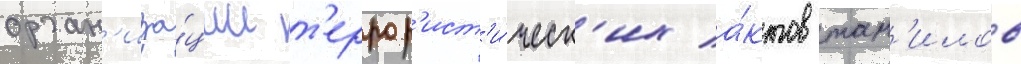
орган'иза́ции т'еррор'ист'и́ческ'их а́ктов там'илов